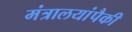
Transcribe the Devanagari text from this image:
मंत्रालयांपैकी